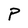
Character: P